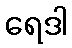
ရေဒါ